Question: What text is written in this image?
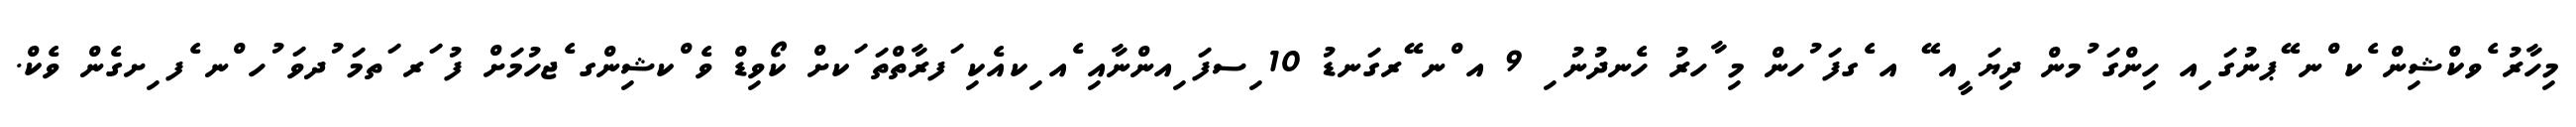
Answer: މިހާރު ެވކްޝިން ެކ ްނ ޭޕނުގަ ިއ ހިންގަ ުމން ދިޔަ ީއ ޭ އ ެގފަ ުހން މި ާހރު ހެނދުނު ި 9 އ ްނ ޭރގަނޑު 10 ިސފަ ިއންނާއި ެއ ިކއެކި ަފރާތްތަ ަކށް ކޯވިޑް ވެ ްކޝިންގ ެޖހުމަށް ފު ަރ ަތމަ ުދވަ ުހ ްނ ެފ ިށގެން ވެކް.